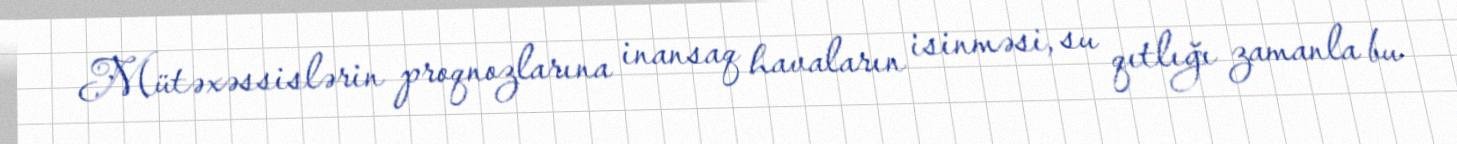
Mütəxəssislərin proqnozlarına inansaq havaların isinməsi, su qıtlığı zamanla bu